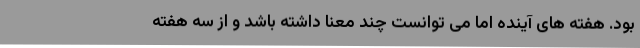
بود. هفته های آینده اما می توانست چند معنا داشته باشد و از سه هفته